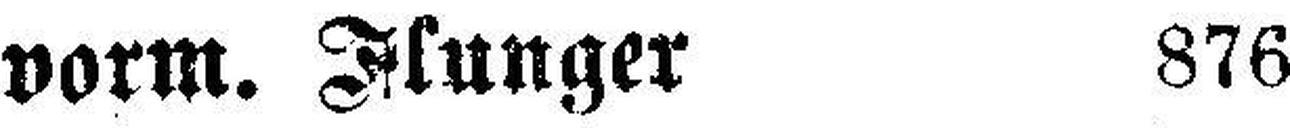
vorm. Flunger 876